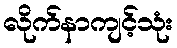
လိုက်နာကျင့်သုံး